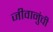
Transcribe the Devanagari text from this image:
जीवानुंची